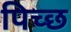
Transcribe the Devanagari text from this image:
पिच्छ